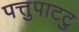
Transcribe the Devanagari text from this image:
पत्तुपाटटु